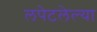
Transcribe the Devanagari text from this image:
लपेटलेल्या